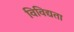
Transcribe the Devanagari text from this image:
विविद्यता